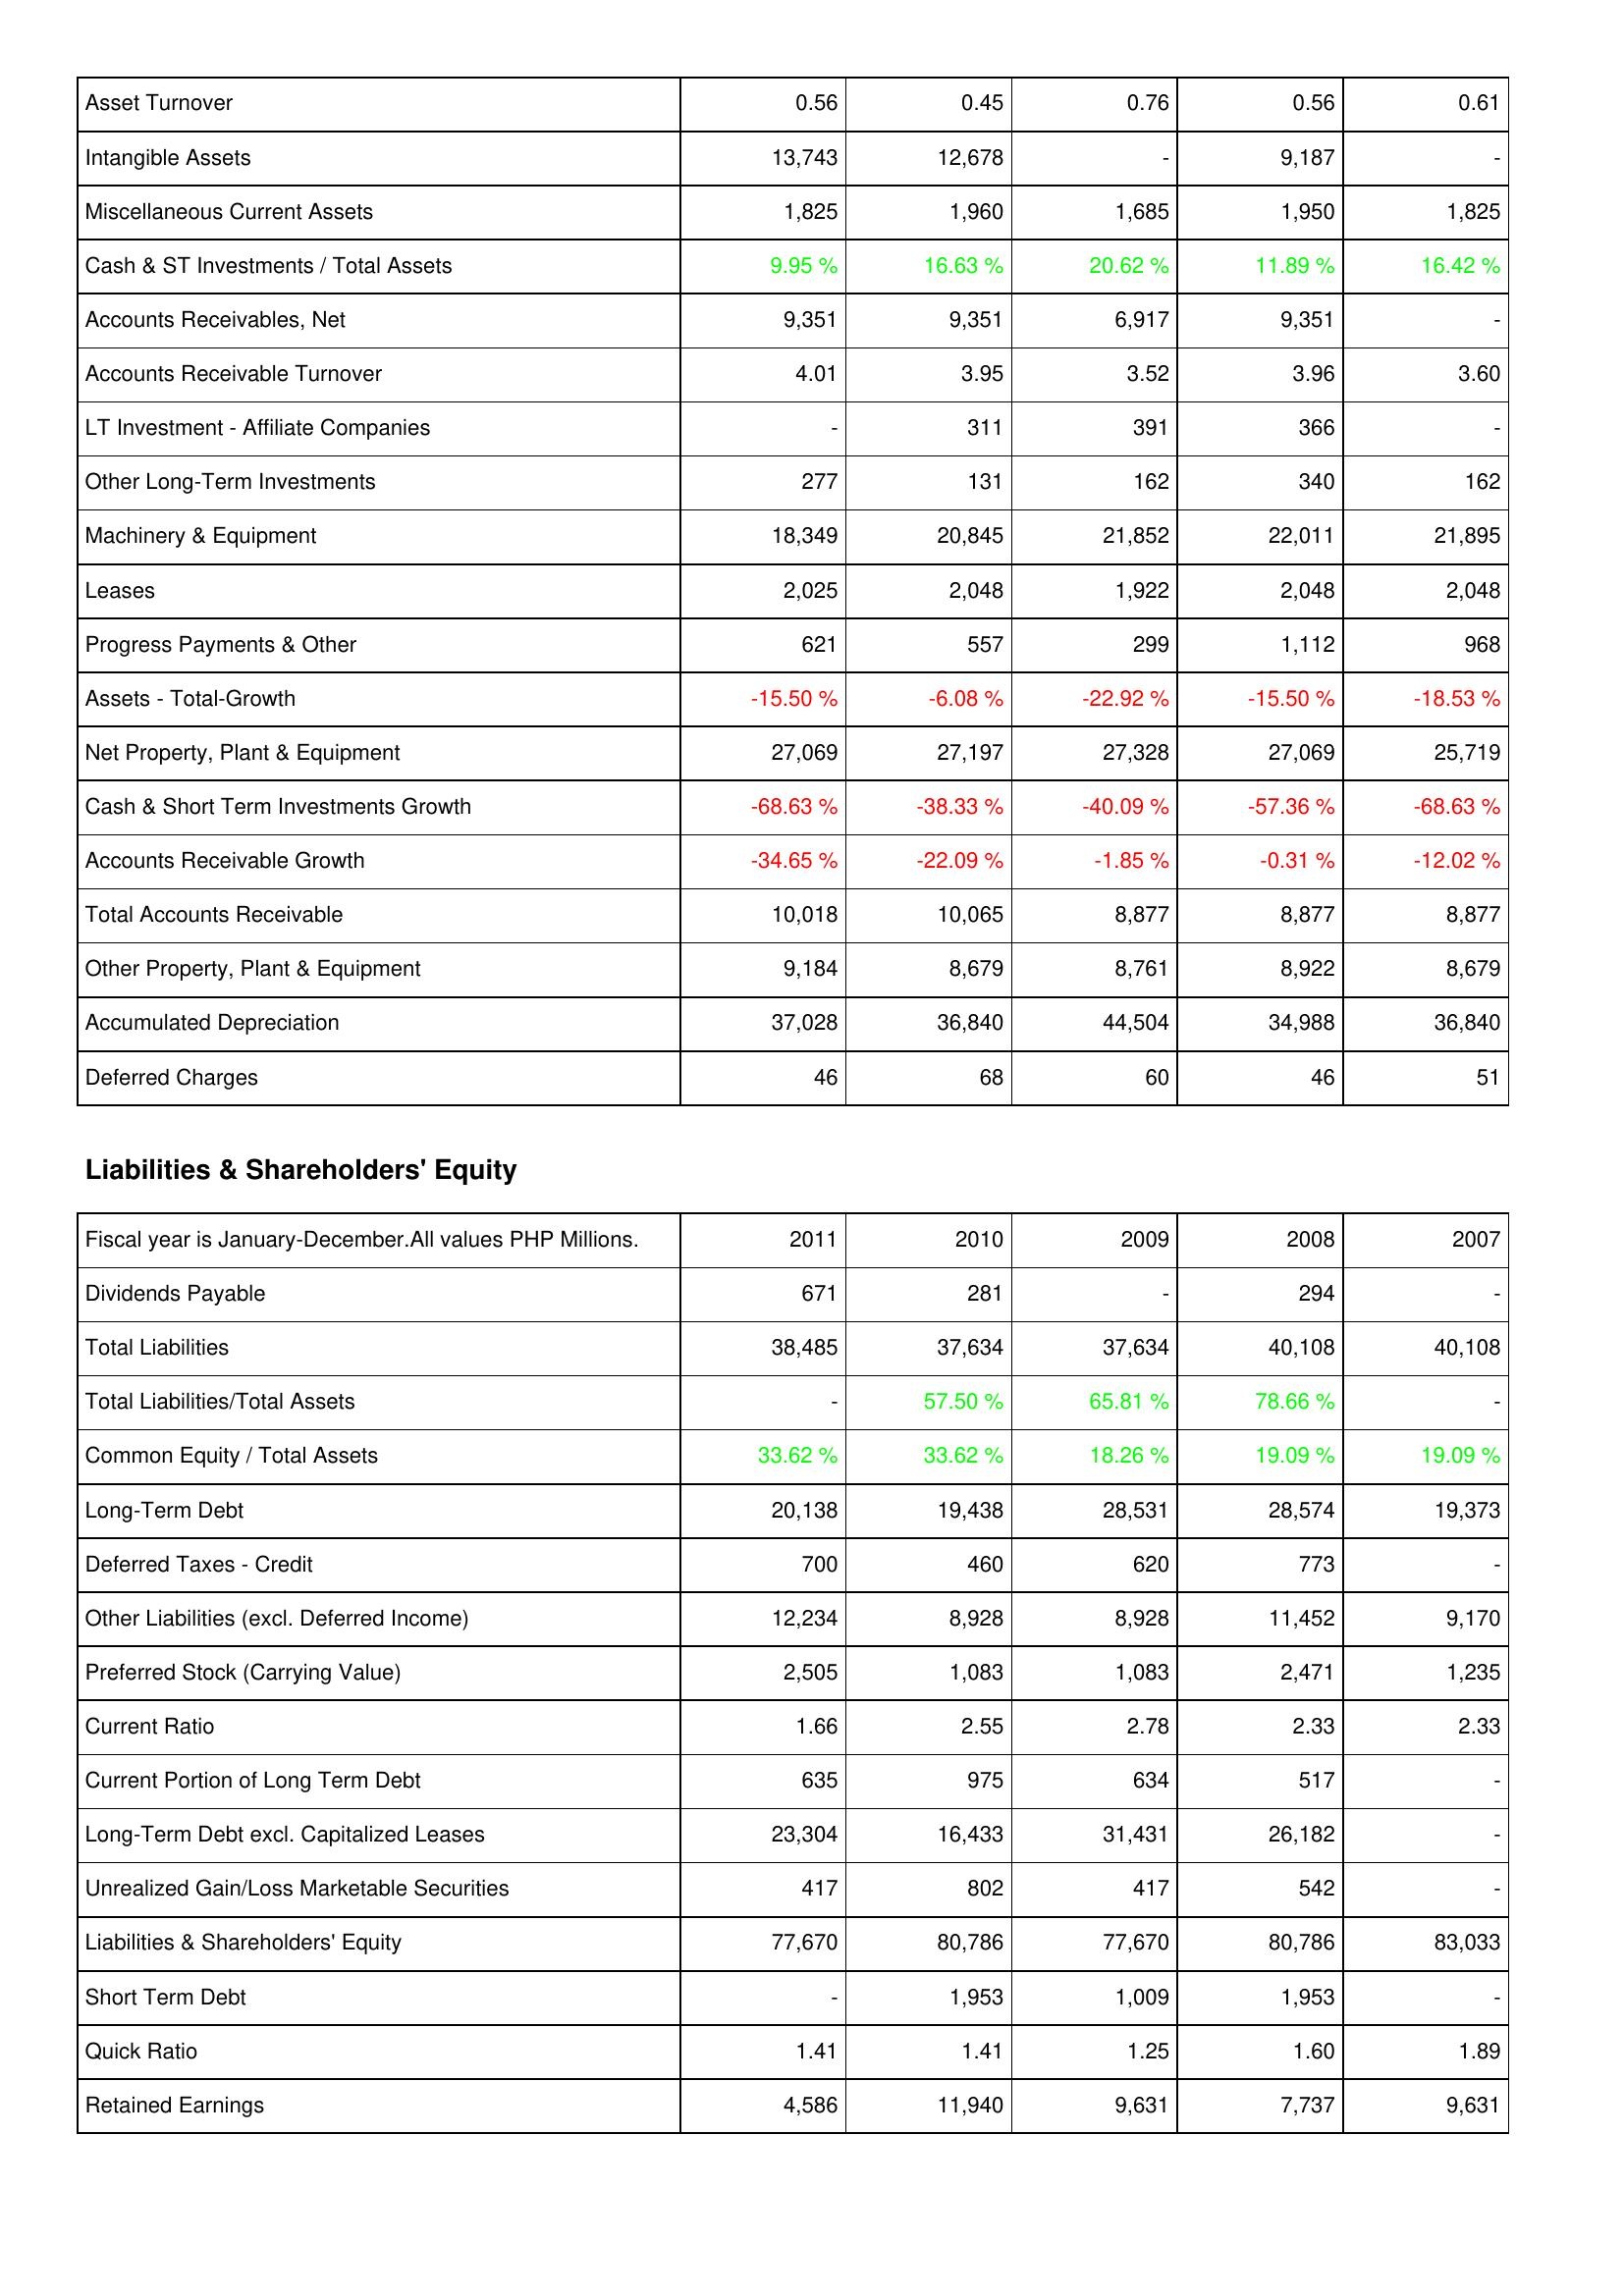
2011: Assets: Asset Turnover: 0.56
Intangible Assets: 13,743
Miscellaneous Current Assets: 1,825
Cash & ST Investments / Total Assets: 9.95 %
Accounts Receivables, Net: 9,351
Accounts Receivable Turnover: 4.01
LT Investment - Affiliate Companies: -
Other Long-Term Investments: 277
Machinery & Equipment: 18,349
Leases: 2,025
Progress Payments & Other: 621
Assets - Total-Growth: -15.50 %
Net Property, Plant & Equipment: 27,069
Cash & Short Term Investments Growth: -68.63 %
Accounts Receivable Growth: -34.65 %
Total Accounts Receivable: 10,018
Other Property, Plant & Equipment: 9,184
Accumulated Depreciation: 37,028
Deferred Charges: 46
Liabilities & Shareholders' Equity: Dividends Payable: 671
Total Liabilities: 38,485
Total Liabilities/Total Assets: -
Common Equity / Total Assets: 33.62 %
Long-Term Debt: 20,138
Deferred Taxes - Credit: 700
Other Liabilities (excl. Deferred Income): 12,234
Preferred Stock (Carrying Value): 2,505
Current Ratio: 1.66
Current Portion of Long Term Debt: 635
Long-Term Debt excl. Capitalized Leases: 23,304
Unrealized Gain/Loss Marketable Securities: 417
Liabilities & Shareholders' Equity: 77,670
Short Term Debt: -
Quick Ratio: 1.41
Retained Earnings: 4,586
2010: Assets: Asset Turnover: 0.45
Intangible Assets: 12,678
Miscellaneous Current Assets: 1,960
Cash & ST Investments / Total Assets: 16.63 %
Accounts Receivables, Net: 9,351
Accounts Receivable Turnover: 3.95
LT Investment - Affiliate Companies: 311
Other Long-Term Investments: 131
Machinery & Equipment: 20,845
Leases: 2,048
Progress Payments & Other: 557
Assets - Total-Growth: -6.08 %
Net Property, Plant & Equipment: 27,197
Cash & Short Term Investments Growth: -38.33 %
Accounts Receivable Growth: -22.09 %
Total Accounts Receivable: 10,065
Other Property, Plant & Equipment: 8,679
Accumulated Depreciation: 36,840
Deferred Charges: 68
Liabilities & Shareholders' Equity: Dividends Payable: 281
Total Liabilities: 37,634
Total Liabilities/Total Assets: 57.50 %
Common Equity / Total Assets: 33.62 %
Long-Term Debt: 19,438
Deferred Taxes - Credit: 460
Other Liabilities (excl. Deferred Income): 8,928
Preferred Stock (Carrying Value): 1,083
Current Ratio: 2.55
Current Portion of Long Term Debt: 975
Long-Term Debt excl. Capitalized Leases: 16,433
Unrealized Gain/Loss Marketable Securities: 802
Liabilities & Shareholders' Equity: 80,786
Short Term Debt: 1,953
Quick Ratio: 1.41
Retained Earnings: 11,940
2009: Assets: Asset Turnover: 0.76
Intangible Assets: -
Miscellaneous Current Assets: 1,685
Cash & ST Investments / Total Assets: 20.62 %
Accounts Receivables, Net: 6,917
Accounts Receivable Turnover: 3.52
LT Investment - Affiliate Companies: 391
Other Long-Term Investments: 162
Machinery & Equipment: 21,852
Leases: 1,922
Progress Payments & Other: 299
Assets - Total-Growth: -22.92 %
Net Property, Plant & Equipment: 27,328
Cash & Short Term Investments Growth: -40.09 %
Accounts Receivable Growth: -1.85 %
Total Accounts Receivable: 8,877
Other Property, Plant & Equipment: 8,761
Accumulated Depreciation: 44,504
Deferred Charges: 60
Liabilities & Shareholders' Equity: Dividends Payable: -
Total Liabilities: 37,634
Total Liabilities/Total Assets: 65.81 %
Common Equity / Total Assets: 18.26 %
Long-Term Debt: 28,531
Deferred Taxes - Credit: 620
Other Liabilities (excl. Deferred Income): 8,928
Preferred Stock (Carrying Value): 1,083
Current Ratio: 2.78
Current Portion of Long Term Debt: 634
Long-Term Debt excl. Capitalized Leases: 31,431
Unrealized Gain/Loss Marketable Securities: 417
Liabilities & Shareholders' Equity: 77,670
Short Term Debt: 1,009
Quick Ratio: 1.25
Retained Earnings: 9,631
2008: Assets: Asset Turnover: 0.56
Intangible Assets: 9,187
Miscellaneous Current Assets: 1,950
Cash & ST Investments / Total Assets: 11.89 %
Accounts Receivables, Net: 9,351
Accounts Receivable Turnover: 3.96
LT Investment - Affiliate Companies: 366
Other Long-Term Investments: 340
Machinery & Equipment: 22,011
Leases: 2,048
Progress Payments & Other: 1,112
Assets - Total-Growth: -15.50 %
Net Property, Plant & Equipment: 27,069
Cash & Short Term Investments Growth: -57.36 %
Accounts Receivable Growth: -0.31 %
Total Accounts Receivable: 8,877
Other Property, Plant & Equipment: 8,922
Accumulated Depreciation: 34,988
Deferred Charges: 46
Liabilities & Shareholders' Equity: Dividends Payable: 294
Total Liabilities: 40,108
Total Liabilities/Total Assets: 78.66 %
Common Equity / Total Assets: 19.09 %
Long-Term Debt: 28,574
Deferred Taxes - Credit: 773
Other Liabilities (excl. Deferred Income): 11,452
Preferred Stock (Carrying Value): 2,471
Current Ratio: 2.33
Current Portion of Long Term Debt: 517
Long-Term Debt excl. Capitalized Leases: 26,182
Unrealized Gain/Loss Marketable Securities: 542
Liabilities & Shareholders' Equity: 80,786
Short Term Debt: 1,953
Quick Ratio: 1.60
Retained Earnings: 7,737
2007: Assets: Asset Turnover: 0.61
Intangible Assets: -
Miscellaneous Current Assets: 1,825
Cash & ST Investments / Total Assets: 16.42 %
Accounts Receivables, Net: -
Accounts Receivable Turnover: 3.60
LT Investment - Affiliate Companies: -
Other Long-Term Investments: 162
Machinery & Equipment: 21,895
Leases: 2,048
Progress Payments & Other: 968
Assets - Total-Growth: -18.53 %
Net Property, Plant & Equipment: 25,719
Cash & Short Term Investments Growth: -68.63 %
Accounts Receivable Growth: -12.02 %
Total Accounts Receivable: 8,877
Other Property, Plant & Equipment: 8,679
Accumulated Depreciation: 36,840
Deferred Charges: 51
Liabilities & Shareholders' Equity: Dividends Payable: -
Total Liabilities: 40,108
Total Liabilities/Total Assets: -
Common Equity / Total Assets: 19.09 %
Long-Term Debt: 19,373
Deferred Taxes - Credit: -
Other Liabilities (excl. Deferred Income): 9,170
Preferred Stock (Carrying Value): 1,235
Current Ratio: 2.33
Current Portion of Long Term Debt: -
Long-Term Debt excl. Capitalized Leases: -
Unrealized Gain/Loss Marketable Securities: -
Liabilities & Shareholders' Equity: 83,033
Short Term Debt: -
Quick Ratio: 1.89
Retained Earnings: 9,631